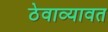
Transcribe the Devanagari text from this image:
ठेवाव्यावत